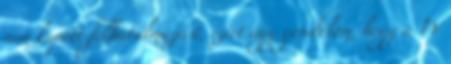
nem kapott felhatalmazást, ezért úgy gondolom, hogy a TV